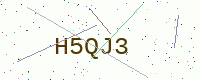
Text: H5QJ3